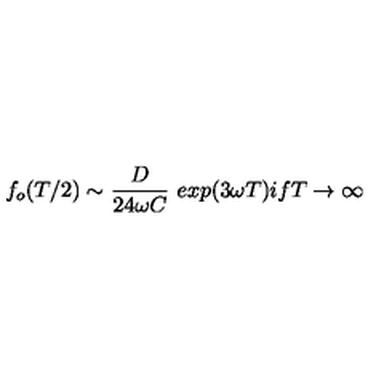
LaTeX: f _ { o } ( T / 2 ) \sim { \frac { D } { 2 4 \omega C } } \ e x p ( 3 \omega T ) i f T \rightarrow \infty